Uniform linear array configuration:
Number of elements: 12
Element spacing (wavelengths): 1
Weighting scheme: binomial
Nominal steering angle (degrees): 15
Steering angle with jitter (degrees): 15.51
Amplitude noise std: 0.05
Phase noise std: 0.05

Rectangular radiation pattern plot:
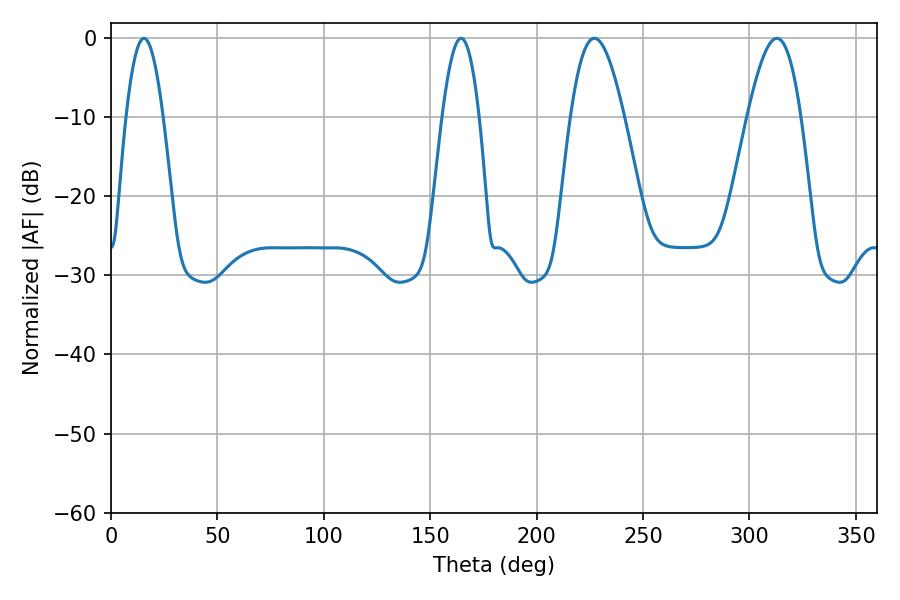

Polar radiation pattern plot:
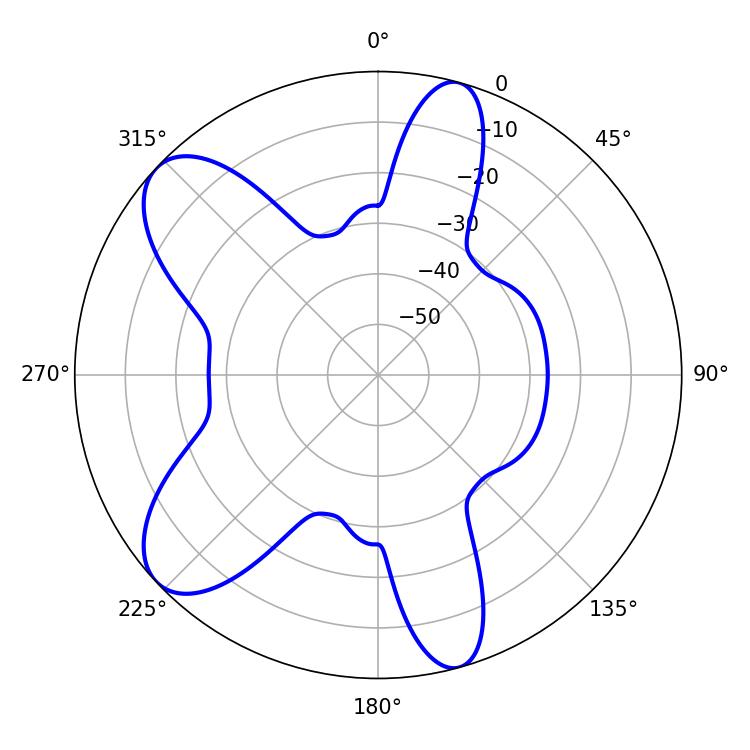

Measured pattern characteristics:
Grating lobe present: TRUE
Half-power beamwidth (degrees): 9.54
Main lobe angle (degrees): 15.48